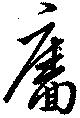
廧